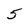
Character: 5